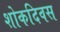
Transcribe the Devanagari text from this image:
शोकदिवस